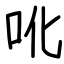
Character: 吪